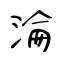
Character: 淪